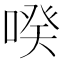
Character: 𱓩